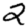
Digit: 2